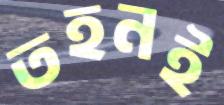
তহনই